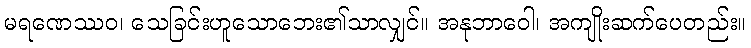
မရဏေဿဝ၊ သေခြင်းဟူသောဘေး၏သာလျှင်။ အနုဘာဝေါ၊ အကျိုးဆက်ပေတည်း။